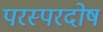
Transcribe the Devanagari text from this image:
परस्परदोष